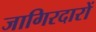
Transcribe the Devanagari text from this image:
जागिरदारों